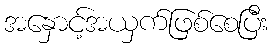
အနှောင့်အယှက်ဖြစ်စေပြီး